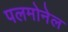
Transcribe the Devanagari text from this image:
पलमोनेल